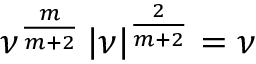
\nu ^ { \frac { m } { m + 2 } } \left\lvert \nu \right\rvert ^ { \frac { 2 } { m + 2 } } = \nu